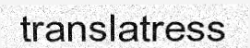
translatress